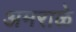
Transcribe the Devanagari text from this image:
अमराळे